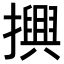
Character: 𢷲